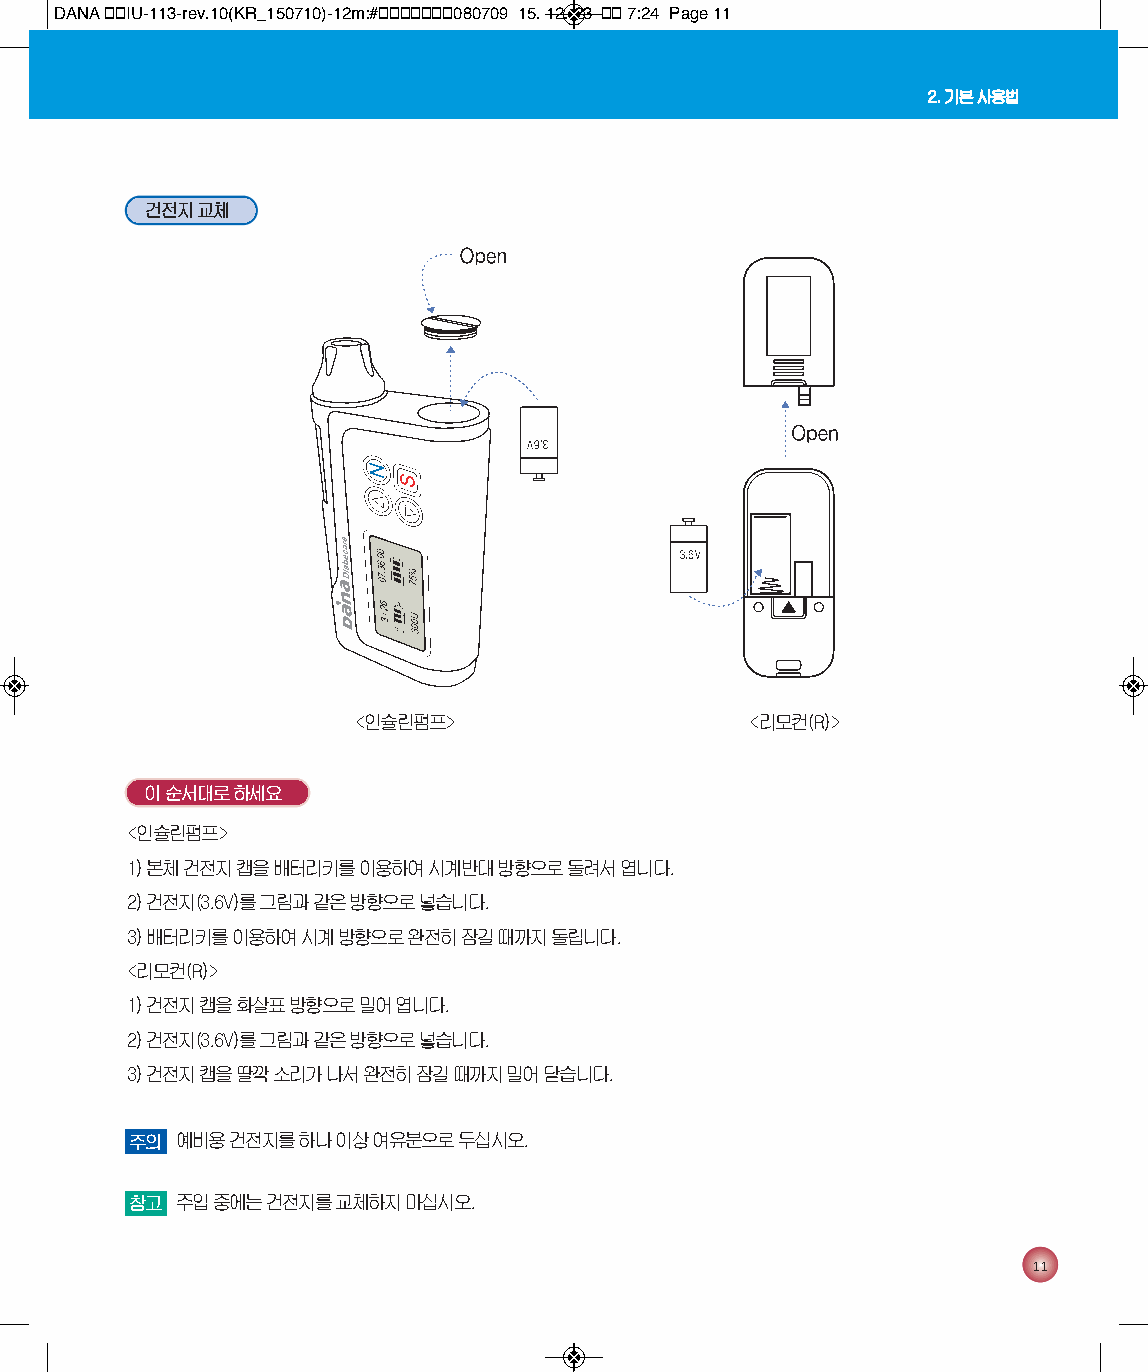
DANA 통통IU-113-rev.10(KR_150710)-12m:#통통통통통통통080709 15. 12. 23 통통 7:24 Page 11
 2. 기본 사용법
 건전지 교체
 <인슐린펌프>                    <리모컨(R)>
 이 순서대로 하세요
 <인슐린펌프>
 1) 본체 건전지 캡을 배터리키를 이용하여 시계반대 방향으로 돌려서 엽니다.
 2) 건전지(3.6V)를 그림과 같은 방향으로 넣습니다.
 3) 배터리키를 이용하여 시계 방향으로 완전히 잠길 때까지 돌립니다.
 <리모컨(R)>
 1) 건전지 캡을 화살표 방향으로 밀어 엽니다.
 2) 건전지(3.6V)를 그림과 같은 방향으로 넣습니다.
 3) 건전지 캡을 딸깍 소리가 나서 완전히 잠길 때까지 밀어 닫습니다.
 참주고의 예예비비용용 건건전전지지를를 하하나나 이이상상 여여유유분분으으로로 두두십십시시오오..
 참고 주입 중에는 건전지를 교체하지 마십시오.
 11